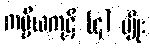
ကပ္ပိယကုဋိ (၄) မျိုး